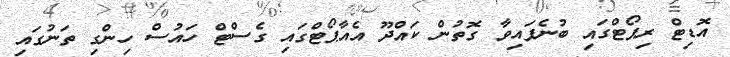
އޮޑިޓް ރިޕޯޓްގައި ބުނެފައިވާ ގޮތުން ކައްދޫ އެއާޕޯޓްގައި ގެސްޓް ހައުސް ހިންގި ތަނުގައި